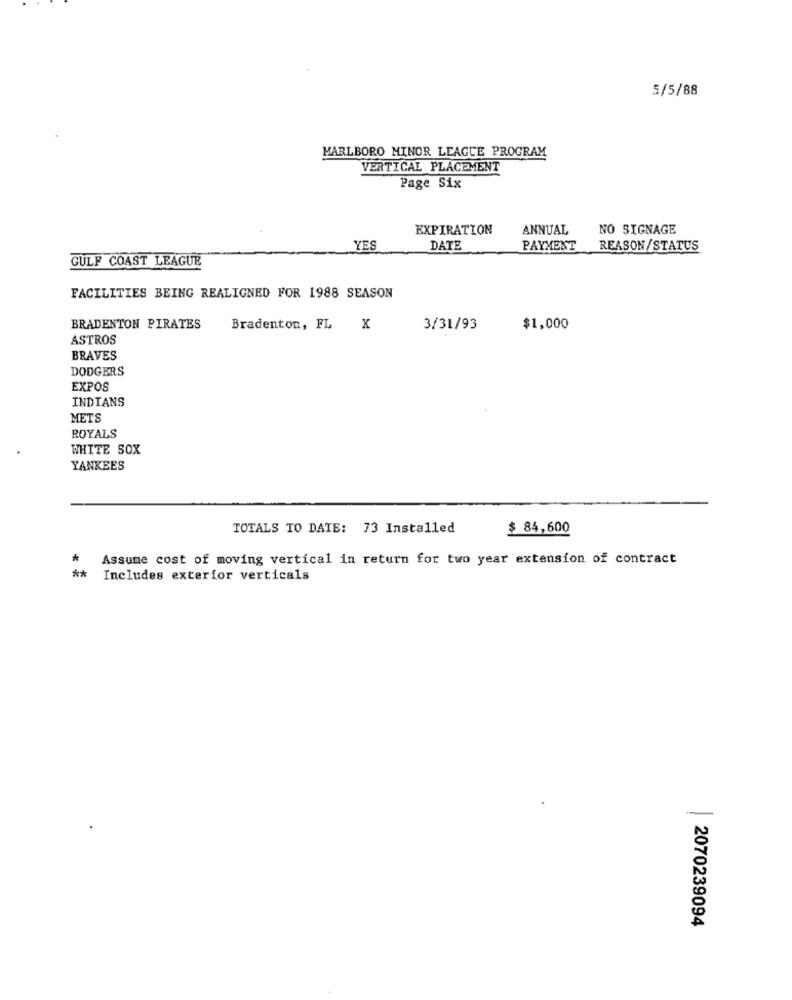
5/5/88
MARLBORO MINOR LEAGUE PROGRAM
VERTICAL PLACEMENT
Page Six
EXPIRATION
ANNUAL
NO SIGNAGE
YES
DATE
PAYMENT
REASON/STATUS
GULF COAST LEAGUE
FACILITIES BEING REALIGNED FOR 1988 SEASON
BRADENTON PIRATES
Bradenton, FL X
3/31/93
$1,000
ASTROS
BRAVES
DODGERS
EXPOS
INDIANS
METS
ROYALS
WHITE SOX
YANKEES
TOTALS TO DATE: 73 Installed
$ 84,600
Assume cost of moving vertical in return for two year extension of contract
**
Includes exterior verticals
2070239094